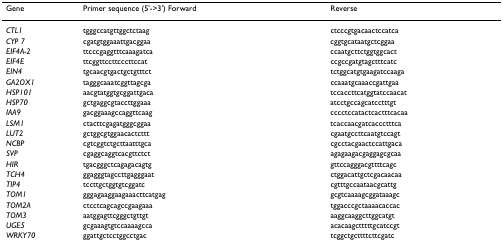
| Gene | Primer sequence (5'->3') Forward | Reverse |
 | --- | --- | --- |
 | CTL1 | tgggccatgttggctctaag | ctcccgtgacaactccatca |
 | CYP 7 | cgatgtggaaattgacggaa | cggtgcataatgctcggaa |
 | EIF4A-2 | ttcccgaggtttcaaagatca | ccaatgcttctggtggcact |
 | EIF4E | ttcggttccttcccttccat | ccgccgatgtagctttcatc |
 | EIN4 | tgcaacgtgactgctgtttct | tctggcatgtgaagatccaaga |
 | GA2OX1 | tagggcaaatcggttagcga | ccaaatgcaaaccgattgaa |
 | HSP101 | aacgtatggtgcggattgaca | tccaccttcatggtatccaacat |
 | HSP70 | gctgaggcgtaccttggaaa | atcctgccagcatcctttgt |
 | IAA9 | gacggaaagccaggttcaag | cccctccatactcactttcacaa |
 | LSM1 | ctacttcgagatgggcggaa | tcaccaacgatcaccctttca |
 | LUT2 | gctggcgtggaacactcttt | cgaatgccttcaatgtccagt |
 | NCBP | cgtcggtctgcttaatttgca | cgcctacgaactccattgaca |
 | SVP | cgaggcaggtcacgttctct | agagaagacgaggagcgcaa |
 | HIR | tgacgggctcagagacagtg | gttccagggacgttttcagc |
 | TCH4 | ggagggtagccttgagggaat | ctggacattgctcgacaacaa |
 | TIP4 | tccttgctggtgtcggatc | cgtttgccaataacgcattg |
 | TOM1 | gggagaaggaagaaacttcatgag | gcgtcaaaagcggataaagc |
 | TOM2A | ctcctcagcagccgaagaaa | tggacccgctaaaacaccac |
 | TOM3 | aatggagttcgggctgttgt | aaggcaaggcttggcatgt |
 | UGE5 | gcgaaagtgtccaaaagcca | acacaagctttttgcatccgt |
 | WRKY70 | ggattgctcctggcctgac | tcggctgcttttcttcgatc |